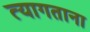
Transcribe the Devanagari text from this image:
त्यागताना